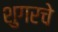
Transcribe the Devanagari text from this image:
शुगरचे